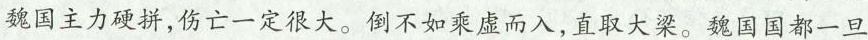
魏国主力硬拼，伤亡一定很大。倒不如乘虚而入，直取大梁。魏国国都一旦